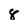
Character: 8